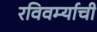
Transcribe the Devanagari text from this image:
रविवर्म्याची